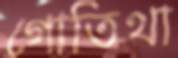
গোতিথা